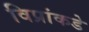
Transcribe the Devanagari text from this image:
विप्रांकडे